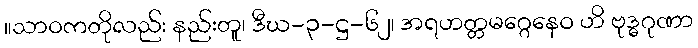
။သာဝကတိုလည်း နည်းတူ၊ ဒီဃ-၃-ဋ္ဌ-၆၂၊ အရဟတ္တမဂ္ဂေနေဝ ဟိ ဗုဒ္ဓဂုဏာ